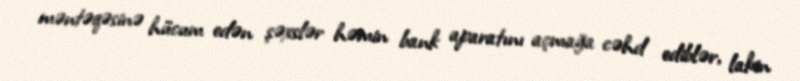
məntəqəsinə hücum edən şəxslər həmin bank aparatını açmağa cəhd ediblər, lakin